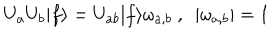
U _ { a } U _ { b } | f \rangle = U _ { a b } | f \rangle \omega _ { a , b } ~ , ~ ~ | \omega _ { a , b } | = 1 ~